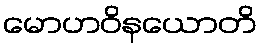
မောဟဝိနယောတိ